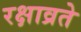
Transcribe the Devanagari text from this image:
रक्षाव्रते